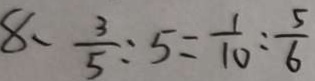
8 、 \frac { 3 } { 5 } : 5 = \frac { 1 } { 1 0 } : \frac { 5 } { 6 }